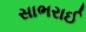
સાભરાઈ